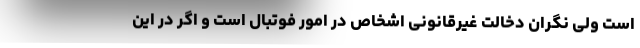
است ولی نگران دخالت غیرقانونی اشخاص در امور فوتبال است و اگر در این